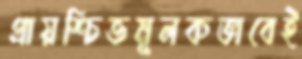
প্রায়শ্চিত্তমূলকভাবেই